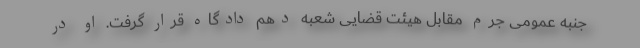
جنبه عمومی جرم مقابل هیئت قضایی شعبه‌ دهم دادگاه قرار گرفت. او در